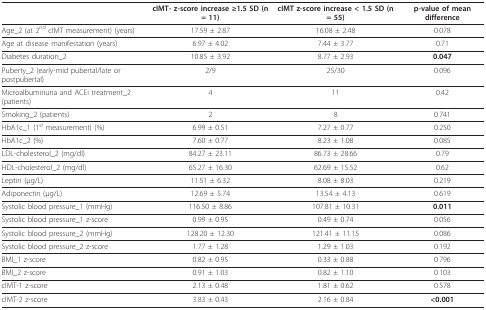
<table><thead><tr><td></td><td><b>cIMT- z-score increase ≥1.5 SD (n = 11)</b></td><td><b>cIMT z-score increase &lt; 1.5 SD (n = 55)</b></td><td><b>p-value of mean difference</b></td></tr></thead><tbody><tr><td>Age_2 (at 2<sup>nd </sup>cIMT measurement) (years)</td><td>17.59 ± 2.87</td><td>16.08 ± 2.48</td><td>0.078</td></tr><tr><td>Age at disease manifestation (years)</td><td>6.97 ± 4.02</td><td>7.44 ± 3.77</td><td>0.71</td></tr><tr><td>Diabetes duration_2</td><td>10.85 ± 3.92</td><td>8.77 ± 2.93</td><td><b>0.047</b></td></tr><tr><td>Puberty_2 (early-mid pubertal/late or postpubertal)</td><td>2/9</td><td>25/30</td><td>0.096</td></tr><tr><td>Microalbuminuria and ACEi treatment_2 (patients)</td><td>4</td><td>11</td><td>0.42</td></tr><tr><td>Smoking_2 (patients)</td><td>2</td><td>8</td><td>0.741</td></tr><tr><td>HbA1c_1 (1<sup>st </sup>measurement) (%)</td><td>6.99 ± 0.51</td><td>7.27 ± 0.77</td><td>0.250</td></tr><tr><td>HbA1c_2 (%)</td><td>7.60 ± 0.77</td><td>8.23 ± 1.08</td><td>0.085</td></tr><tr><td>LDL-cholesterol_2 (mg/dl)</td><td>84.27 ± 23.11</td><td>86.73 ± 28.66</td><td>0.79</td></tr><tr><td>HDL-cholesterol_2 (mg/dl)</td><td>65.27 ± 16.30</td><td>62.69 ± 15.52</td><td>0.62</td></tr><tr><td>Leptin (μg/L)</td><td>11.51 ± 6.32</td><td>8.08 ± 8.03</td><td>0.219</td></tr><tr><td>Adiponectin (μg/L)</td><td>12.69 ± 5.74</td><td>13.54 ± 4.13</td><td>0.619</td></tr><tr><td>Systolic blood pressure_1 (mmHg)</td><td>116.50 ± 8.86</td><td>107.81 ± 10.31</td><td><b>0.011</b></td></tr><tr><td>Systolic blood pressure_1 z-score</td><td>0.99 ± 0.95</td><td>0.49 ± 0.74</td><td>0.056</td></tr><tr><td>Systolic blood pressure_2 (mmHg)</td><td>128.20 ± 12.30</td><td>121.41 ± 11.15</td><td>0.086</td></tr><tr><td>Systolic blood pressure_2 z-score</td><td>1.77 ± 1.28</td><td>1.29 ± 1.03</td><td>0.192</td></tr><tr><td>BMI_1 z-score</td><td>0.82 ± 0.95</td><td>0.33 ± 0.88</td><td>0.796</td></tr><tr><td>BMI_2 z-score</td><td>0.91 ± 1.03</td><td>0.82 ± 1.10</td><td>0.103</td></tr><tr><td>cIMT-1 z-score</td><td>2.13 ± 0.48</td><td>1.81 ± 0.62</td><td>0.578</td></tr><tr><td>cIMT-2 z-score</td><td>3.83 ± 0.43</td><td>2.16 ± 0.84</td><td><b>&lt;0.001</b></td></tr></tbody></table>